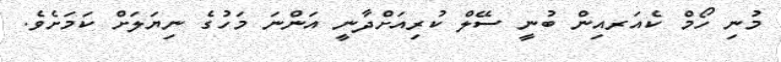
މުނި ހޯމް ކެއަރއިން ބުނީ ސޭލް ކުރިއަށްދާނީ އަންނަ މަހުގެ ނިޔަލަށް ކަމަށެވެ.